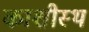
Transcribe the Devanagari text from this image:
काशीस्थ